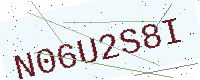
Text: N06U2S8I